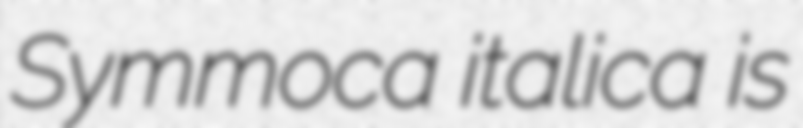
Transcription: Symmoca italica is